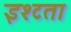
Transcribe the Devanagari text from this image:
इश्टता